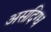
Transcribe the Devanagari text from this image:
असदिग्ध